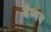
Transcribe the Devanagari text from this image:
बैष्णव